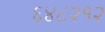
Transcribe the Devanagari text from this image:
६४८२१२